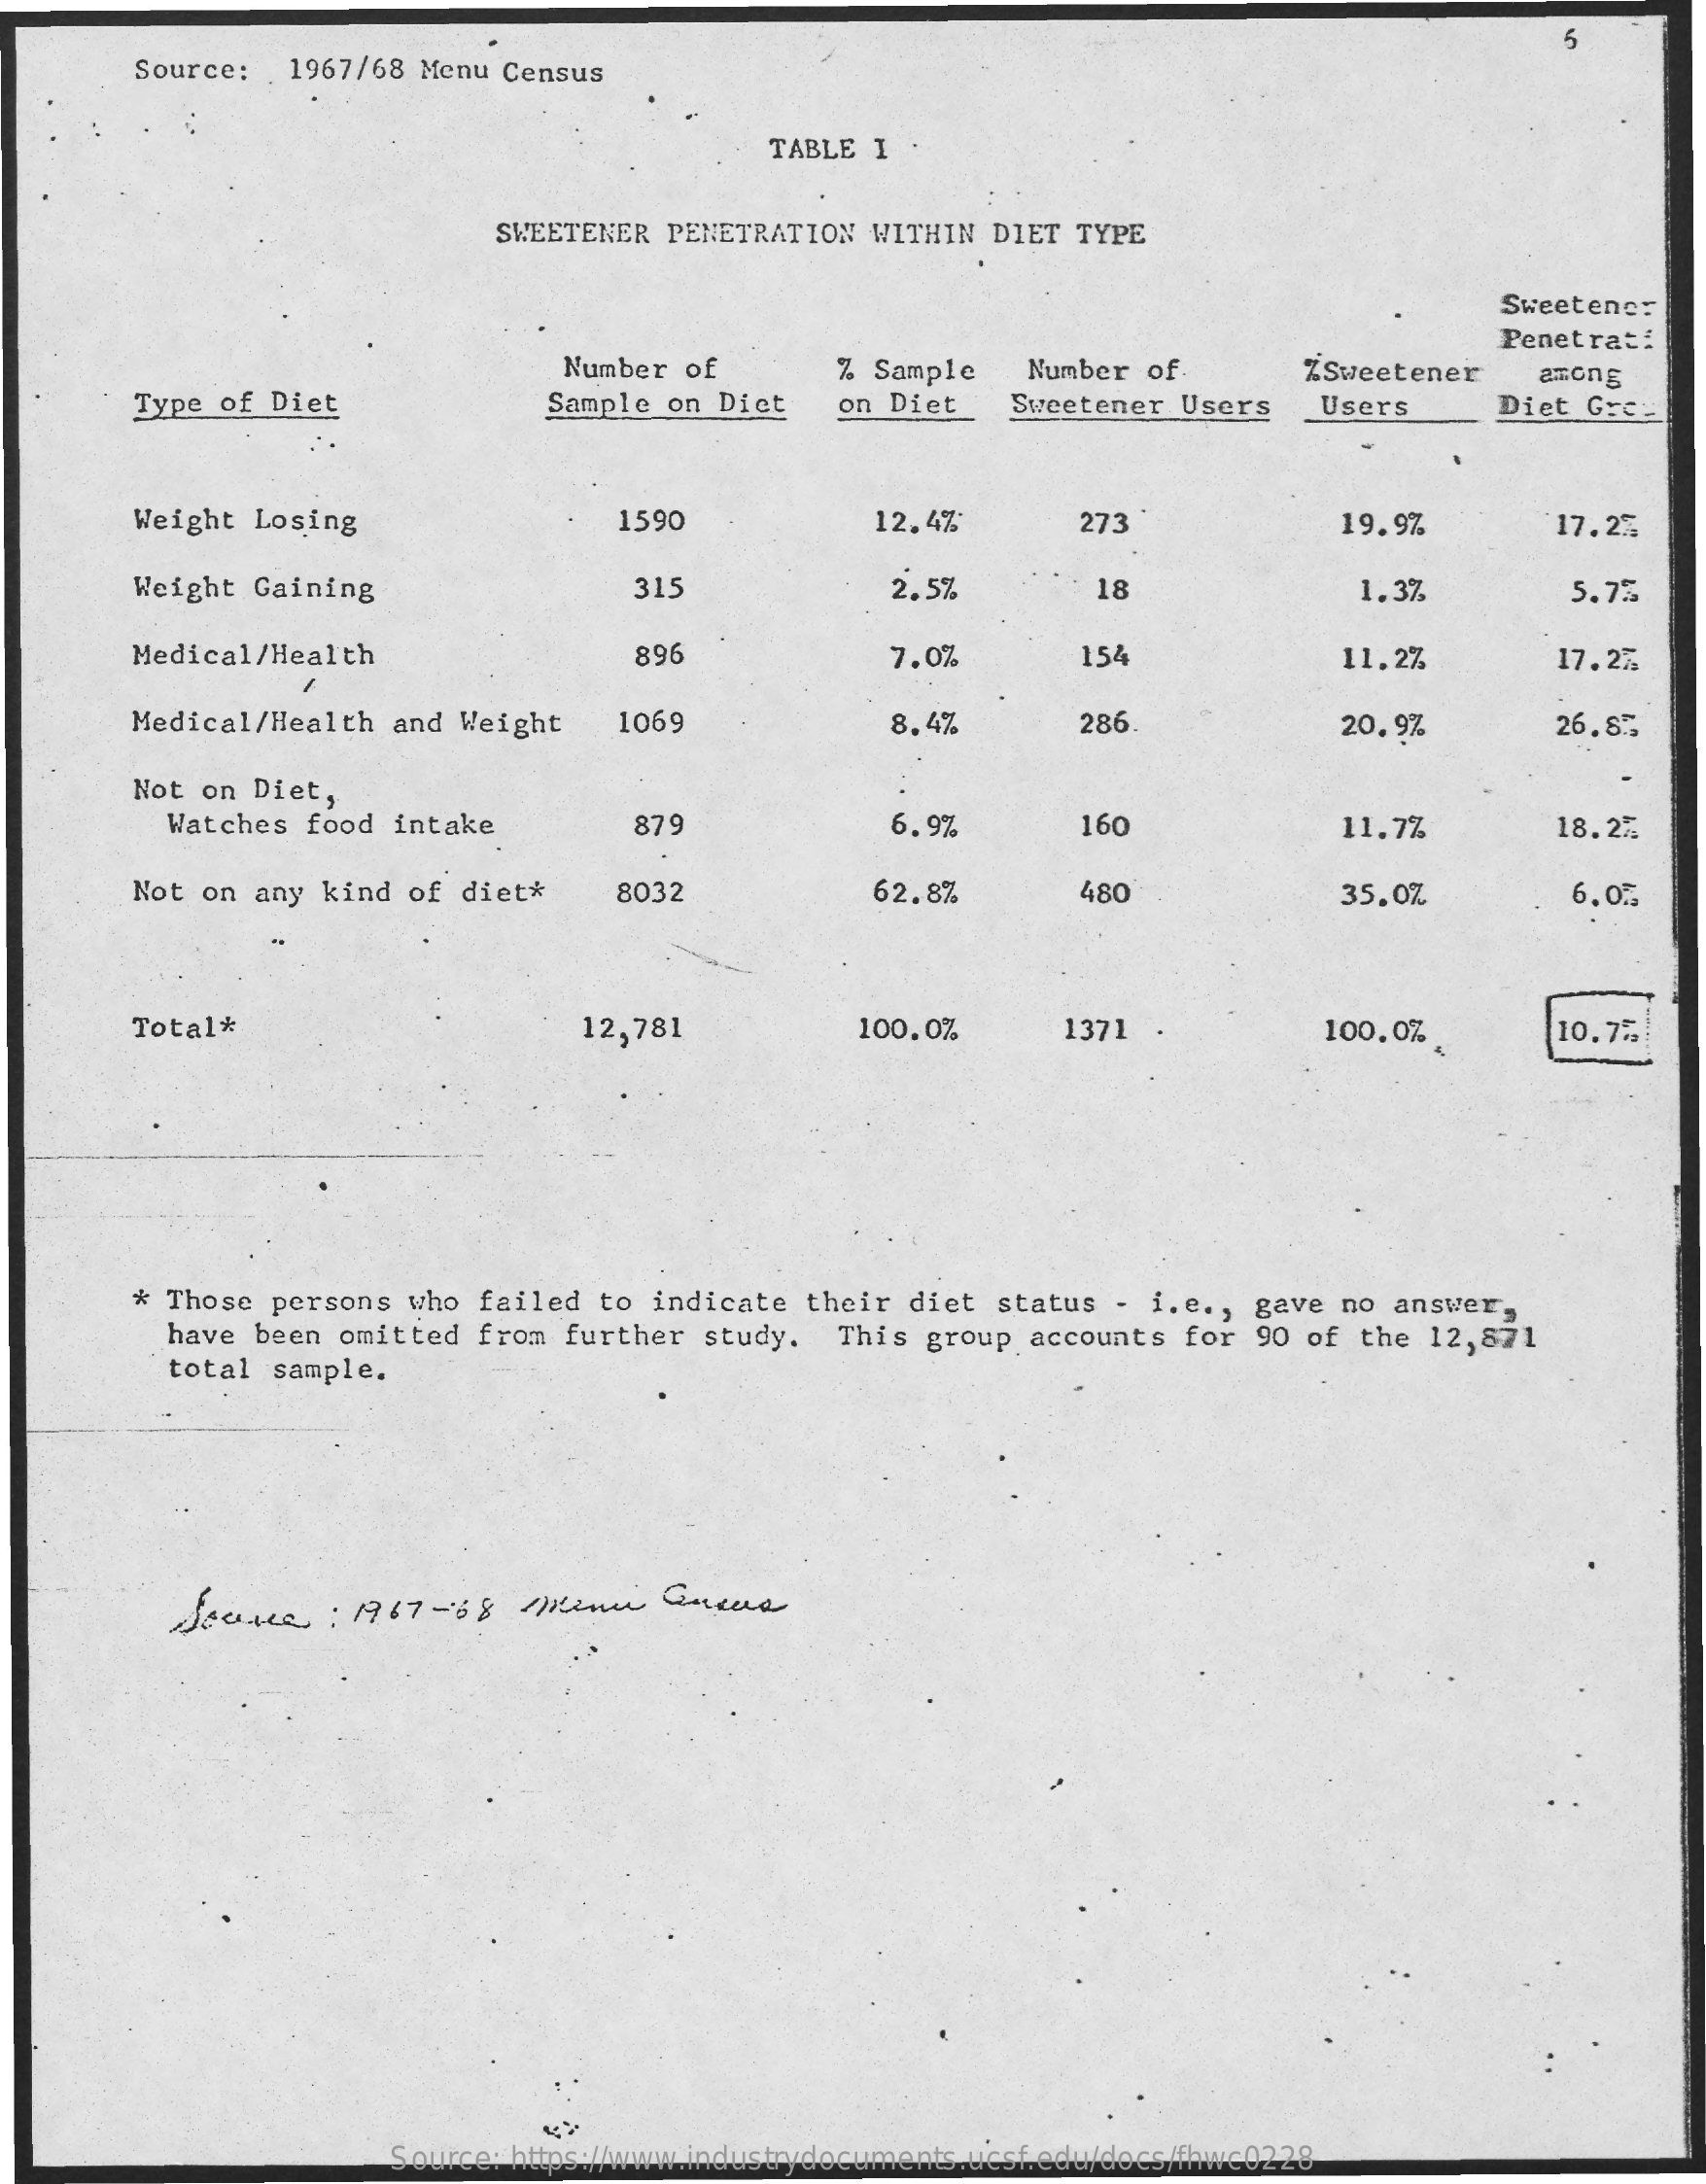
5
     Source: 1967/68 Menu Census
     TABLE I .
     SWEETENER PENETRATION WITHIN DIET TYPE
     Sweetener
     Penetra ::
     Number of    % Sample Number of    ZSweetener  among
     Type of Diet    Sample on Diet on Diet Sweetener Users Users  Diet Grey
     Weight Losing    1590    12.4%    273    19.9%    17.2%
     Weight Gaining    31    2.5%    18    1.3%    5.75
     Medical/Health    896    7.0%    154    11.2%    17.2%
     Medical/Health and Weight 1069    8.4%    286    20,9%    26.85
     Not on Diet,
     Watches food intake   879    6.9%    160    11.7%    18.2%
     Not on any kind of diet* 8032    62.8%    480    35.0%    6.05
     Total*    12,781    100.0%    1371    100.0%,    10.75
     * Those persons who failed to indicate their diet status - i.e ., gave no answer,
     have been omitted from further study. This group accounts for 90 of the 12,871
     total sample.
     Source : 1967-08 /Mini Gueule
     Source: https://www.industrydocuments.ucsf.edu/docs/fhwc0228